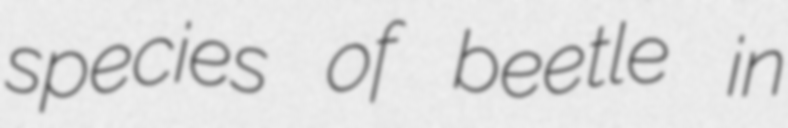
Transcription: species of beetle in